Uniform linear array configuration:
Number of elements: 24
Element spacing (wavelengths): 1
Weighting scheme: uniform
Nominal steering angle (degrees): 30
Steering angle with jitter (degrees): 30.269
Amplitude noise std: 0.05
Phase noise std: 0.05

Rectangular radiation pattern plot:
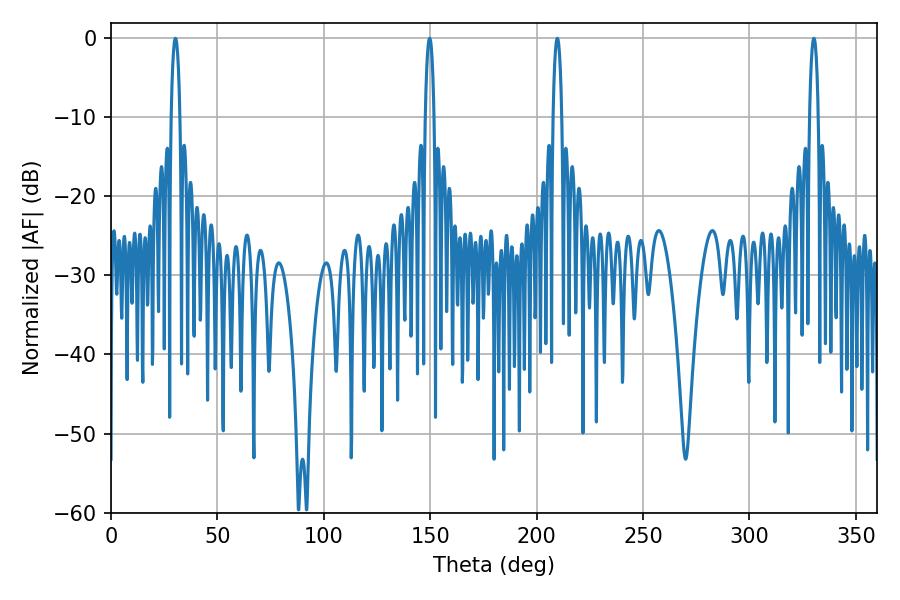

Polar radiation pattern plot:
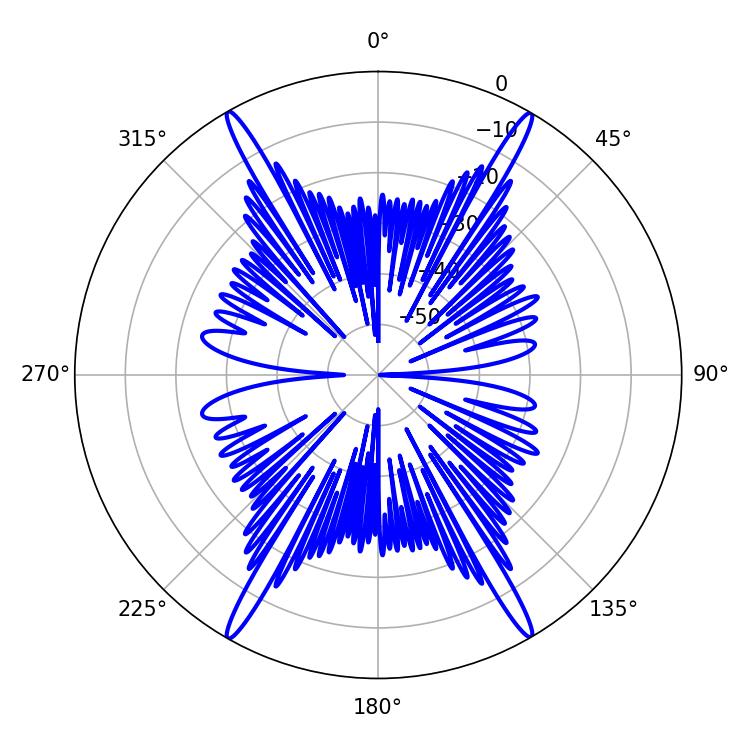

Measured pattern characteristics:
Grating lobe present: TRUE
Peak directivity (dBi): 40.981
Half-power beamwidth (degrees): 2.16
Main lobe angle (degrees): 209.7